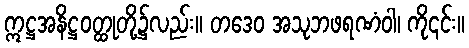
ဣဋ္ဌအနိဋ္ဌဝတ္ထုတို့၌လည်း။ တဒေဝ အသုဘဖရဏံဝါ၊ ကို၎င်း။